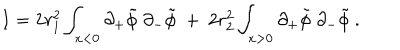
LaTeX: { I } = 2 r _ { 1 } ^ { 2 } \int _ { x < 0 } \partial _ { + } \tilde { \phi } \; \partial _ { - } \tilde { \phi } \ + \ 2 r _ { 2 } ^ { 2 } \int _ { x > 0 } \partial _ { + } \tilde { \phi } \; \partial _ { - } \tilde { \phi } \ .